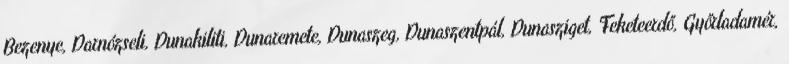
Bezenye, Darnózseli, Dunakiliti, Dunaremete, Dunaszeg, Dunaszentpál, Dunasziget, Feketeerdő, Győrladamér,